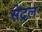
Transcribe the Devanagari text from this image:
सेट्रल